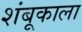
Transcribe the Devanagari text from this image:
शंबूकाला